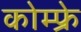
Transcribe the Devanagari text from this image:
कोम्फ्रे